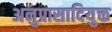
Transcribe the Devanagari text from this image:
अनुप्रासादियुक्त